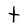
Character: t